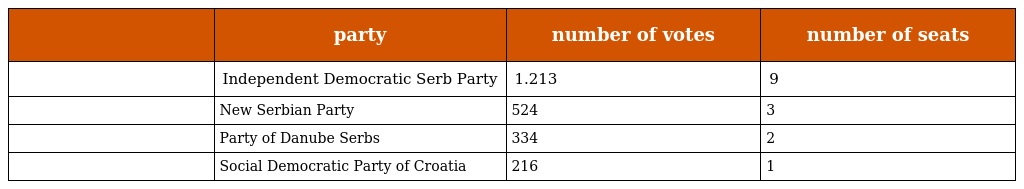
|  | party | number of votes | number of seats |
 | --- | --- | --- | --- |
 |  | Independent Democratic Serb Party | 1.213 | 9 |
 |  | New Serbian Party | 524 | 3 |
 |  | Party of Danube Serbs | 334 | 2 |
 |  | Social Democratic Party of Croatia | 216 | 1 |